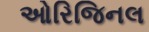
ઓરિજિનલ